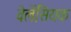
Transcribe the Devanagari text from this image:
वेलेंसियक